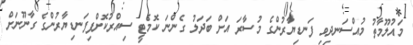
މައުލޫމާތު މުއްސަނދިވި ފަނޑިޔާރުންގެ މުސާރަ އަށް ބަދަލު ގެންނަ ކޮމެޓީ ސިއްރުކޮށްފިފަނޑިޔާރުންގެ ގާނޫނަށް